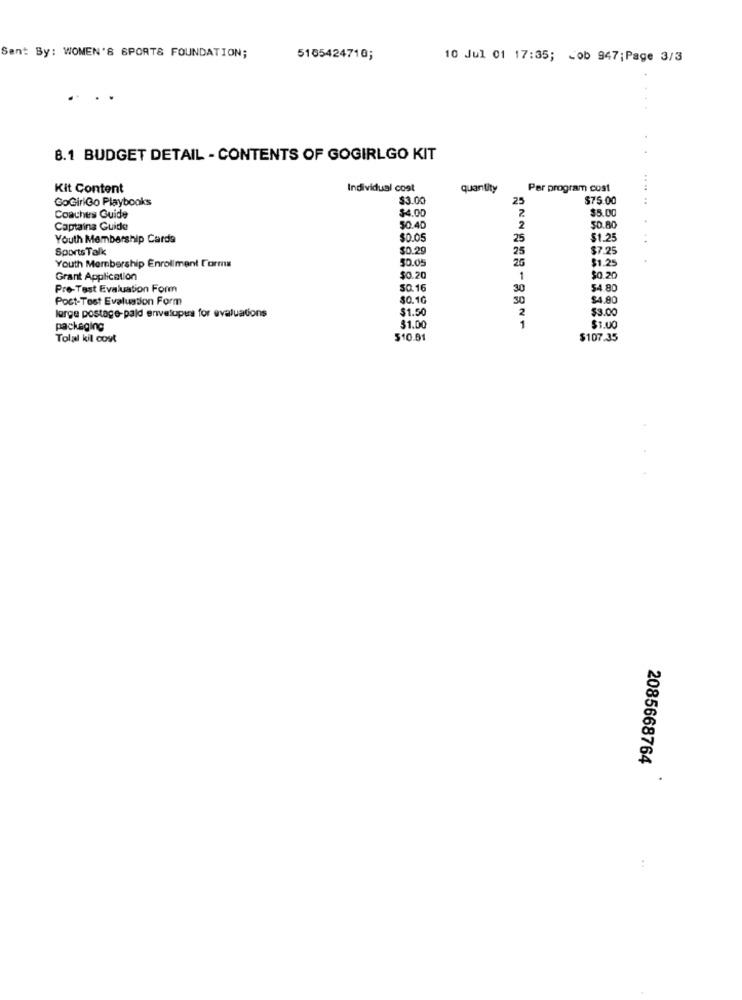
Sent By: WOMEN'S SPORTS FOUNDATION;
5105424710;
10 Jul 01 17:35; Cob 947;Page 3/3
8.1 BUDGET DETAIL - CONTENTS OF GOGIRLGO KIT
Kit Content
Individual cost
quantity
Per program cost
GoGiriGo Playbooks
$3.00
$75.00
$4.00
25
$5.00
......
Coaches Guide
Captaina Guide
50.40
50.80
Youth Membership Cards
$0.05
25
$1.25
...
Sports Talk
$0.29
25
$7.25
50.05
$1.25
Youth Membership Enrollment Forma
26
Grant Application
$0.20
1
$0.20
Pre-Test Evaluation Form
SO.16
30
$4.80
Post-Tost Evaluation Form
$0.10
30
$4.80
large postage-pald envelopers for evaluations
$1.50
2
$3.00
packaging
31.00
$1.00
Tolal kil cost
$10.61
$107.35
2085668764
.